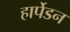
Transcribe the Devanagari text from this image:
हार्पेडन